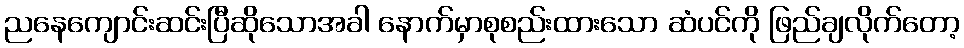
ညနေကျောင်းဆင်းပြီဆိုသောအခါ နောက်မှာစုစည်းထားသော ဆံပင်ကို ဖြည်ချလိုက်တော့